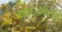
આઇઆરએ